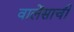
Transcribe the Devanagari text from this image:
वालेंसाची